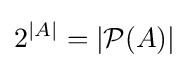
2^{|A|}=|{\mathcal {P}}(A)|